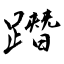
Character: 𨅔